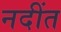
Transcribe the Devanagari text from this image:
नदींत